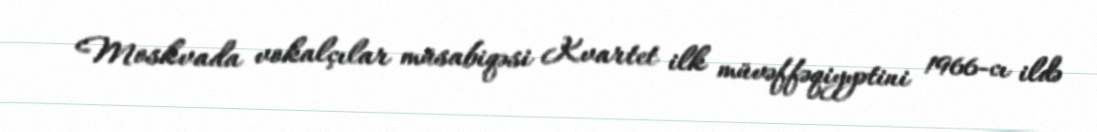
Moskvada vokalçılar müsabiqəsi Kvartet ilk müvəffəqiyyətini 1966-cı ildə